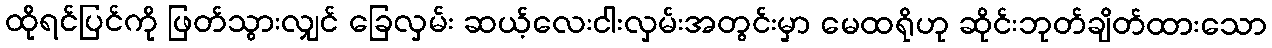
ထိုရင်ပြင်ကို ဖြတ်သွားလျှင် ခြေလှမ်း ဆယ့်လေးငါးလှမ်းအတွင်းမှာ မေထရိုဟု ဆိုင်းဘုတ်ချိတ်ထားသော